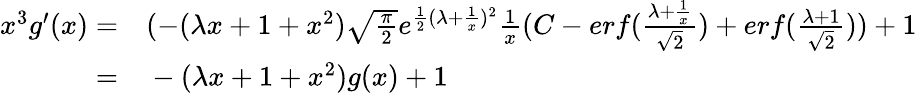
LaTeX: \begin{array}{rl}{x^{3}g^{\prime}(x)=}&{{}(-(\lambda x+1+x^{2})\sqrt{\frac{\pi}{2}}e^{\frac{1}{2}(\lambda+\frac{1}{x})^{2}}\frac{1}{x}(C-erf(\frac{\lambda+\frac{1}{x}}{\sqrt{2}})+erf(\frac{\lambda+1}{\sqrt{2}}))+1}\\ {=}&{{}-(\lambda x+1+x^{2})g(x)+1}\end{array}